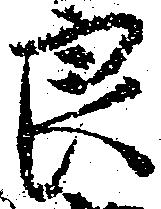
良